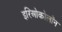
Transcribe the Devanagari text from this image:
इरिओकोलॉन